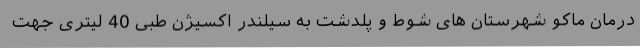
درمان ماکو شهرستان های شوط و پلدشت به سیلندر اکسیژن طبی 40 لیتری جهت